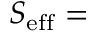
S _ { \mathrm { \scriptsize { e f f } } } =